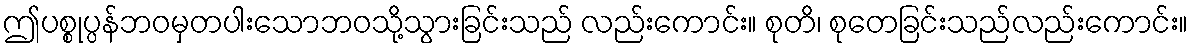
ဤပစ္စုပ္ပန်ဘဝမှတပါးသောဘဝသို့သွားခြင်းသည် လည်းကောင်း။ စုတိ၊ စုတေခြင်းသည်လည်းကောင်း။